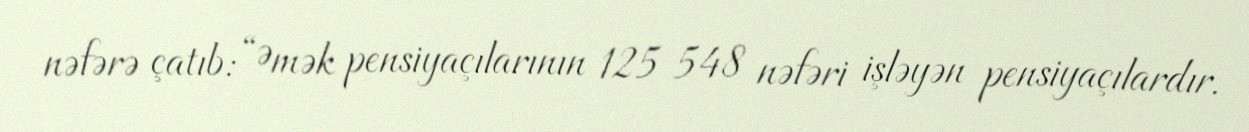
nəfərə çatıb: “Əmək pensiyaçılarının 125 548 nəfəri işləyən pensiyaçılardır.